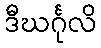
ဒီဃင်္ဂုလိ